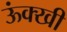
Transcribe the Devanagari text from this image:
ऊंक्खी